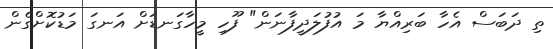
ތި ދަބަސް އެހާ ބަރިއްޔާ މަ އުފުލަދީފާނަން" ފޫހި މީހާގަނޑަށް އަނގަ މަޑުކޮށްގެން